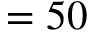
= 5 0